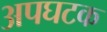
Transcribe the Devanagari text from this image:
अपघटक